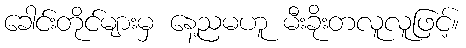
ခေါင်းတိုင်များမှ နေ့ညမဟူ မီးခိုးတလူလူဖြင့်။